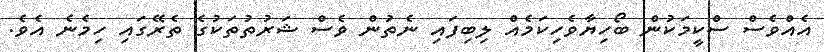
އެއްވެސް ސްކީމަކުން ބޯހިޔާވެހިކަމެއް ލިބިފައި ނެތުން ވެސް ޝަރުތުތަކުގެ ތެރޭގައި ހިމެނެ އެވެ.